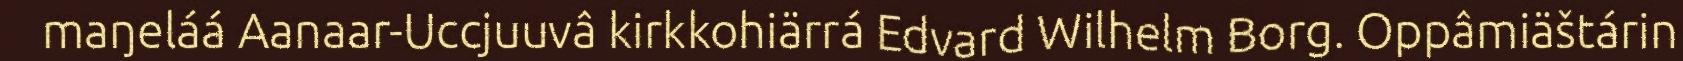
maŋeláá Aanaar-Uccjuuvâ kirkkohiärrá Edvard Wilhelm Borg. Oppâmiäštárin